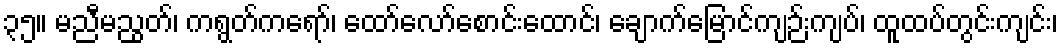
၃၅။ မညီမညွတ်၊ ကရွတ်ကရော်၊ ထော်လော်စောင်းထောင်၊ ချောက်မြောင်ကျဉ်းကျပ်၊ ထူထပ်တွင်းကျင်း၊